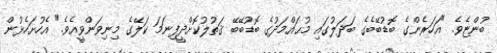
ބުންޏެވެ. "އަހަރެންގެ ބޮޑުބޭބެގެ ބަދަލުގައި މުޙައްމަދުގެ ބޮޑުބޭބޭ ޤަތުލުކޮށްދީފިނަމަ ކަލޭގެ މިނިވަންވީއެވެ." އެހުށަހެޅުން